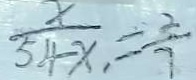
\frac { x } { 5 4 - x } = \frac { 2 } { 7 }